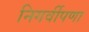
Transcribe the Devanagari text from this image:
निगर्वीपणा